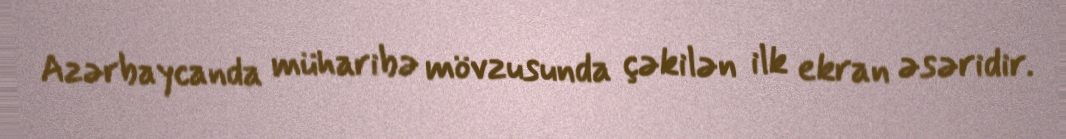
Azərbaycanda müharibə mövzusunda çəkilən ilk ekran əsəridir.